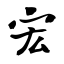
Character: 宏